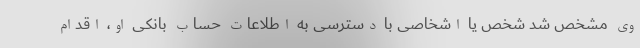
وی مشخص شد شخص یا اشخاصی با دسترسی به اطلاعات حساب بانکی او، اقدام